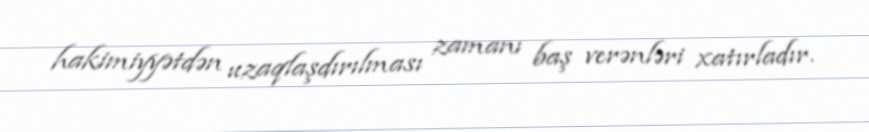
hakimiyyətdən uzaqlaşdırılması zamanı baş verənləri xatırladır.